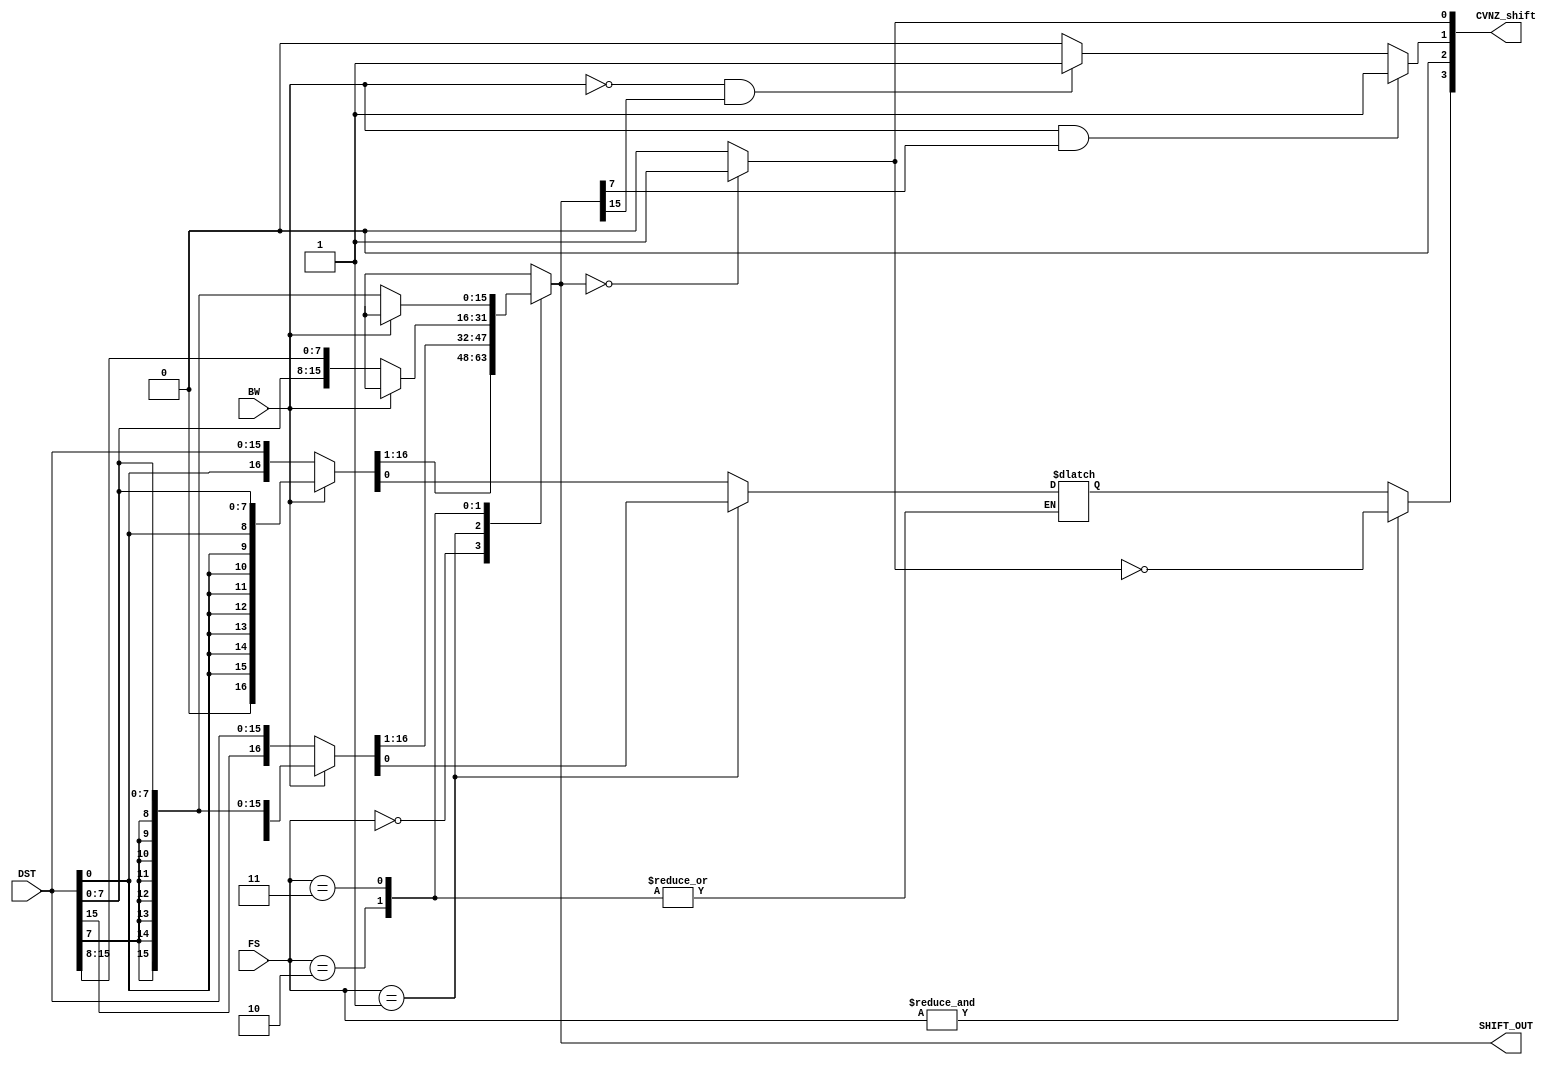
module shifter #(parameter SIZE_BYTE=8, SIZE_WORD=16)
  (input [1:0]       FS,
   input             BW,
   input [SIZE_WORD-1:0]  DST,
   output [3:0]  CVNZ_shift,
   output reg [SIZE_WORD-1:0] SHIFT_OUT);

   wire [2*SIZE_BYTE-1:0] padded_byte_msb = {{SIZE_BYTE{DST[SIZE_BYTE-1]}},
                                             DST[SIZE_BYTE-1:0]};
   wire [2*SIZE_BYTE-1:0] padded_byte_lsb = {{SIZE_BYTE{DST[0]}},
                                             DST[SIZE_BYTE-1:0]};

   wire [2*SIZE_WORD-1:0] padded_word_msb = {{SIZE_WORD{DST[SIZE_WORD-1]}},DST};
   wire [2*SIZE_WORD-1:0] padded_word_lsb = {{SIZE_WORD{DST[0]}},DST};
   
   reg                    C_shift;

   // Assign status bits
   assign CVNZ_shift[3] = (&FS) ? (~CVNZ_shift[0]) : C_shift;
   assign CVNZ_shift[2] = 0;
   assign CVNZ_shift[1] =  (BW && SHIFT_OUT[SIZE_BYTE-1]) ? 1'b1 :
                          (~BW && SHIFT_OUT[SIZE_WORD-1]) ? 1'b1 : 0;
   assign CVNZ_shift[0] = (!SHIFT_OUT) ? 1'b1 : 1'b0;
   
   initial
     begin
        C_shift <= 0;
        SHIFT_OUT <= 0;
     end  
   
   always @ (*)
     case(FS)
       // RRC
       2'b00: {SHIFT_OUT,C_shift} = (~BW) ? padded_word_lsb >> 0 : padded_byte_lsb >> 0;
       // RRA
       2'b01: {SHIFT_OUT,C_shift} = (~BW) ? padded_word_msb >> 0 : padded_byte_msb >> 0;
       // SWPB (Can only be word)
       2'b10: SHIFT_OUT = (~BW) ? {DST[SIZE_BYTE-1:0], DST[SIZE_WORD-1:SIZE_BYTE]} : 'bx;
       // SXT (Can only be word)
       2'b11: SHIFT_OUT = (~BW) ? {{SIZE_BYTE{DST[SIZE_BYTE-1]}},DST[SIZE_BYTE-1:0]} : 'bx;
       default: {SHIFT_OUT,C_shift} <= 'bx;
     endcase // case (FS)
   
endmodule